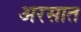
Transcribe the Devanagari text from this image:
अरसात